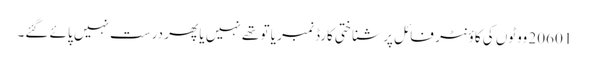
20601 ووٹوں کی کاؤنٹر فائل پر شناختی کارڈ نمبر یا تو تھے نہیں یا پھر درست نہیں پائے گئے۔